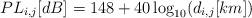
LaTeX: \begin{align*} PL_{i,j}[dB] = 148 + 40\log_{10}(d_{i,j}[km])\end{align*}